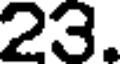
23.